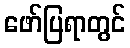
ဖော်ပြရာတွင်